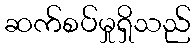
ဆက်စပ်မှုရှိသည်